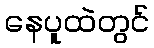
နေပူထဲတွင်